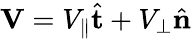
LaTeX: \mathbf{V}=V_{\parallel}\hat{\mathbf{t}}+V_{\perp}\hat{\mathbf{n}}